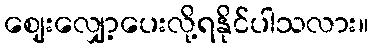
ဈေးလျှော့ပေးလို့ရနိုင်ပါသလား။